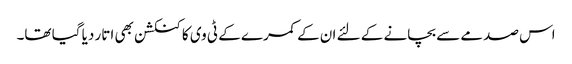
اس صدمے سے بچانے کے لئے ان کے کمرے کے ٹی وی کا کنکشن بھی اتار دیا گیا تھا۔